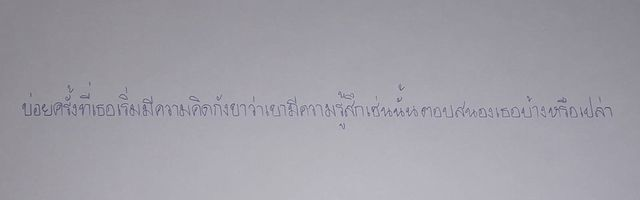
บ่อยครั้งที่เธอเริ่มมีความคิดกังขาว่าเขามีความรู้สึกเช่นนั้นตอบสนองเธอบ้างหรือเปล่า